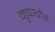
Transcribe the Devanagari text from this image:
नृपथोर